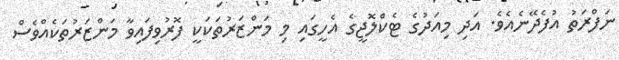
ނަފްރަތު އުފެދޭނެއެވެ. އަދި މިއަދުގެ ޓެކްލޮޖީގެ އެހީގައި މި މަންޒަރުތަކަކީ ފޮރުވިފައިވާ މަންޒަރުތަކެއްވެސް